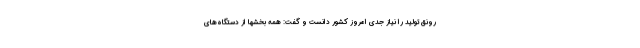
رونق تولید را نیاز جدی امروز کشور دانست و گفت: همه بخشها از دستگاه‌های